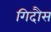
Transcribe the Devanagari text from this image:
गिदौस